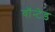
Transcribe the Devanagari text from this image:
वॉन्टेड